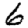
Digit: 6